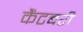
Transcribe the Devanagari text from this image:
कैंटबरी